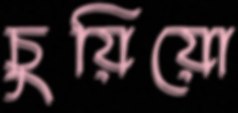
চুয়িয়ো